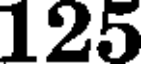
125